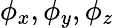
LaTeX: \phi_{x},\phi_{y},\phi_{z}